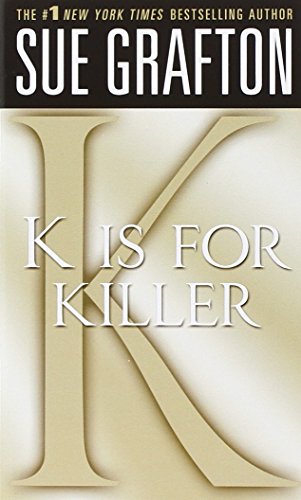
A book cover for "K" is for Killer (Kinsey Millhone Alphabet Mysteries); Sue Grafton; Mystery, Thriller & Suspense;